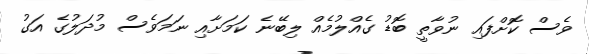
ވެސް ކޮށްފައި ނުވާތީ ބޮޑު ގެއްލުމެއް ލިބޭނެ ކަމަށާއި ނަމަވެސް މުދަލުގެ އަގު